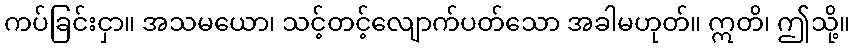
ကပ်ခြင်းငှာ။ အသမယော၊ သင့်တင့်လျောက်ပတ်သော အခါမဟုတ်။ ဣတိ၊ ဤသို့။